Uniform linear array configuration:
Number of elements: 16
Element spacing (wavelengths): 0.75
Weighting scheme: hamming
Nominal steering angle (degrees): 0
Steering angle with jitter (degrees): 0.02821
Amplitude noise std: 0.05
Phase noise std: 0.05

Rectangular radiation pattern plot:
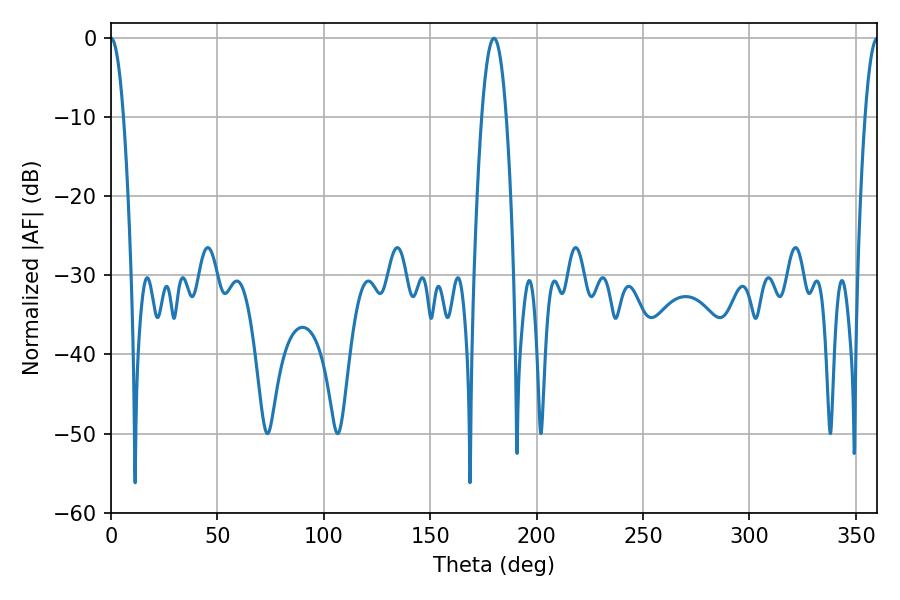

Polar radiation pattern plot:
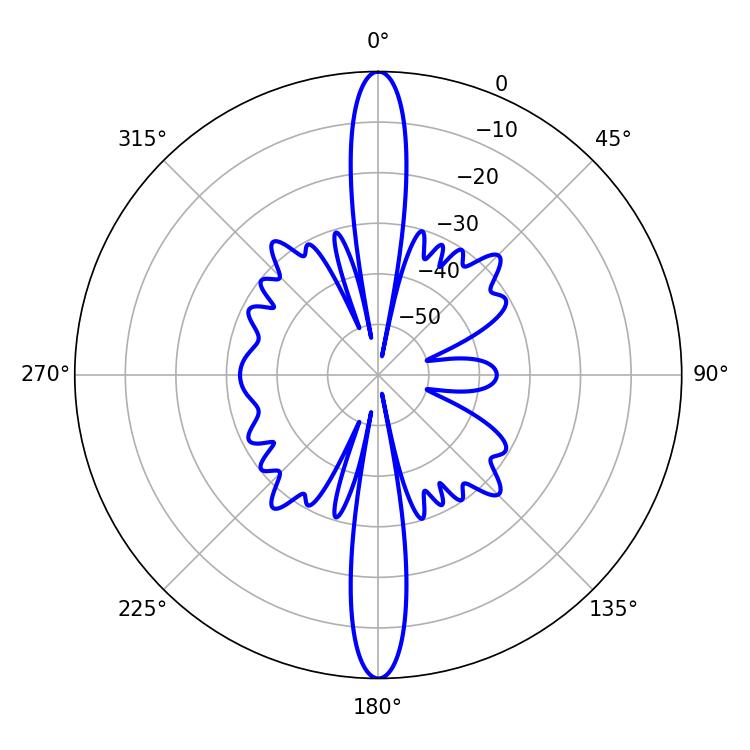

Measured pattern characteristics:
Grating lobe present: TRUE
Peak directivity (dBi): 44.137
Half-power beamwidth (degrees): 3.24
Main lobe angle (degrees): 0